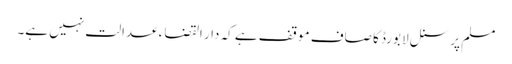
مسلم پرسنل لا بورڈ کا صاف موقف ہے کہ دار القضاء عدالت نہیں ہے۔